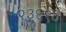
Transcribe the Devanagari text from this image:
२३६९०